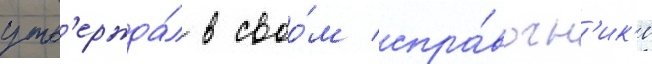
утв'ержда́л в своо́м спра́вочн'ик'е